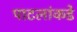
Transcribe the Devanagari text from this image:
पाटलांकडे